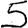
Digit: 5